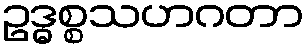
ဥဒ္ဓစ္စသဟဂတာ